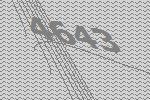
4643